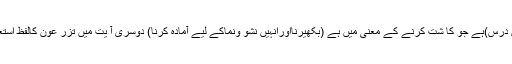
جاذبِ توجہ یہ کہ پہلی آ یت میں تحرثونہے ،جس کا حرث (بروزن درس)ہے جو کا شت کرنے کے معنی میں ہے (بکھیرنااورانہیں نشو ونماکے لیے آمادہ کرنا) دوسری آ یت میں تزر عون کالفظ استعمال کرتاہے ،جس کامادّہ زراعت ہے جواُگانے کے معنی میںہے ۔